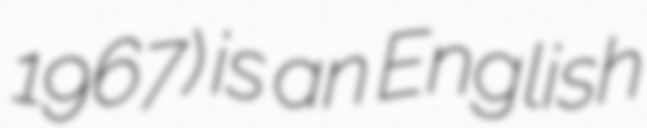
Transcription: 1967) is an English